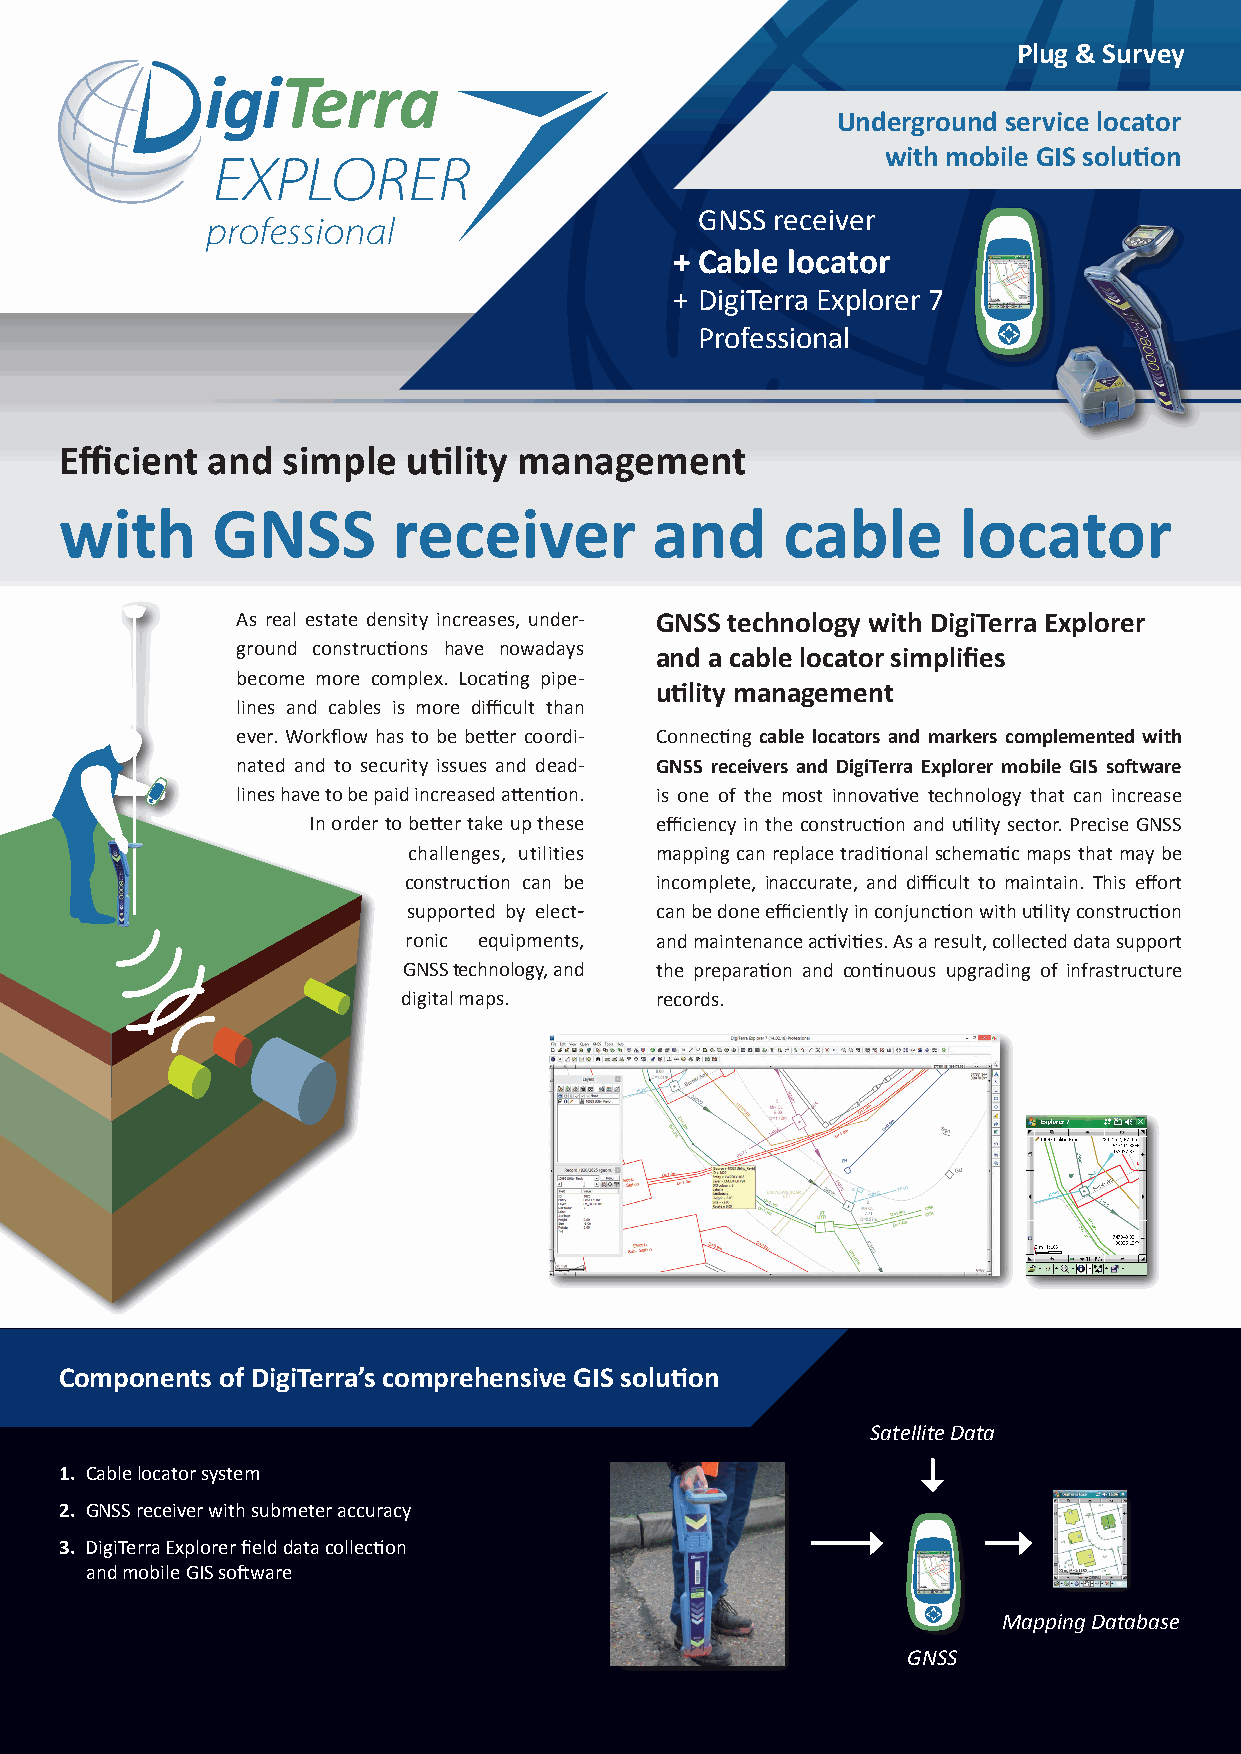
Plug & Survey
 Underground service locator
 with mobile GIS solution
 GNSS receiver
 + Cable locator
 + DigiTerra Explorer 7
 Professional
 Efficient and  simple  utility management
 with      GNSS        receiver         and      cable      locator
 As real estate density increases, under­ GNSS technology with DigiTerra Explorer
 ground constructions have nowadays and a cable locator simplifies
 become more complex. Locating pipe­
 utility management
 lines and cables is more difficult than
 ever. Workflow has to be better coordi­ Connecting cable locators and markers complemented with
 nated and to security issues and dead­ GNSS receivers and DigiTerra Explorer mobile GIS software
 lines have to be paid increased attention. is one of the most innovative technology that can increase
 In order to better take up these efficiency in the construction and utility sector. Precise GNSS
 challenges, utilities mapping can replace traditional schematic maps that may be
 cons t ruction can be incomplete, inaccurate, and difficult to maintain. This effort
 supported by elect­ can be done efficiently in conjunction with utility construction
 ro nic equipments, and maintenance activities. As a result, collected data support
 GNSS technology, and the preparation and continuous upgrading of infrastructure
 digital maps.   records.
 Components of DigiTerra’s comprehensive GIS solution
 Satellite Data
 1. Cable locator system
 2. GNSS receiver with submeter accuracy
 3. DigiTerra Explorer field data collection
 and mobile GIS software
 Mapping Database
 GNSS